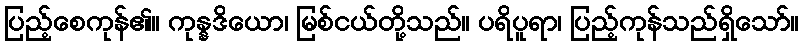
ပြည့်စေကုန်၏။ ကုန္နဒိယော၊ မြစ်ငယ်တို့သည်။ ပရိပူရာ၊ ပြည့်ကုန်သည်ရှိသော်။